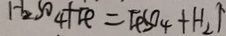
H _ { 2 } S O _ { 4 } + F e = F e S O _ { 4 } + H _ { 2 } \uparrow